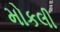
મોકલી